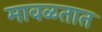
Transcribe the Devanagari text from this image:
मावळतात